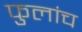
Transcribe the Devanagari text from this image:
फुलांच